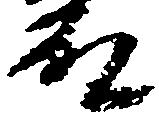
殿